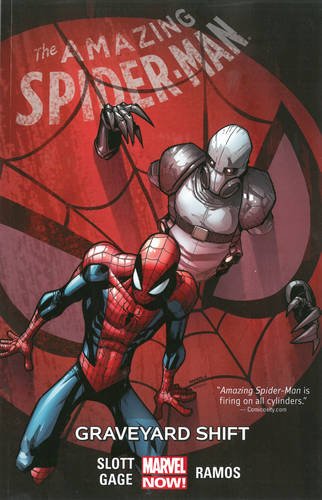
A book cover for Amazing Spider-Man Vol. 4: Graveyard Shift; Dan Slott; Comics & Graphic Novels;